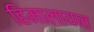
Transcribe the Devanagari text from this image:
हिमालायात